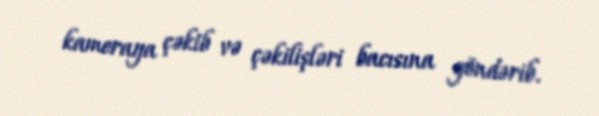
kameraya çəkib və çəkilişləri bacısına göndərib.